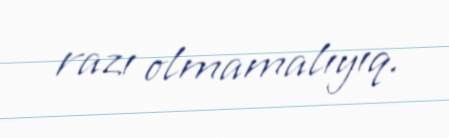
razı olmamalıyıq.